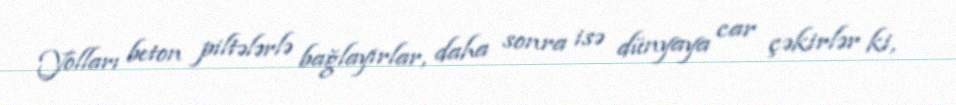
Yolları beton piltələrlə bağlayırlar, daha sonra isə dünyaya car çəkirlər ki,